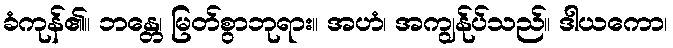
ခံကုန်၏။ ဘန္တေ၊ မြတ်စွာဘုရား။ အဟံ၊ အကျွန်ုပ်သည်။ ဒါယကော၊